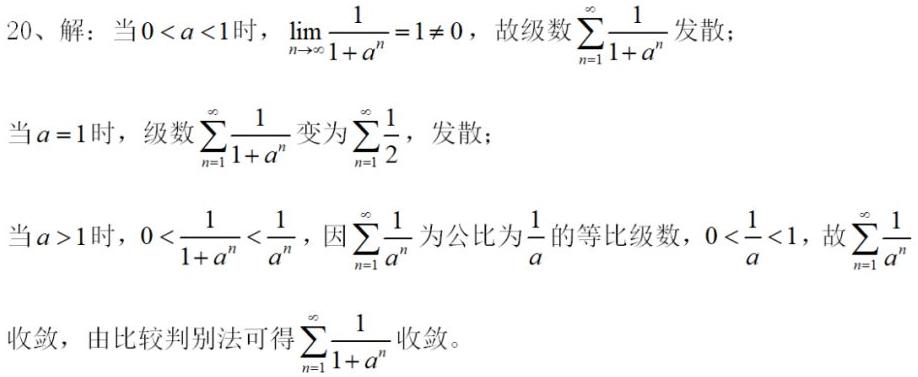
20、解：当$0 1$时，$0